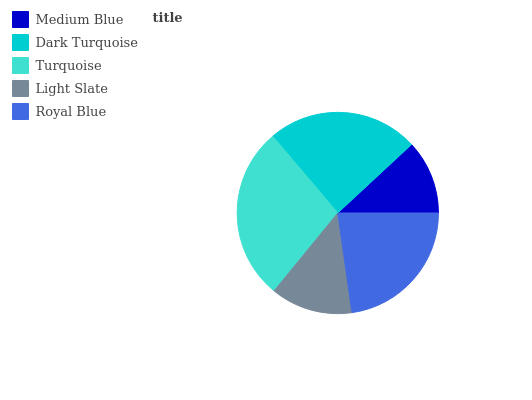
| Medium Blue | Dark Turquoise | Turquoise | Light Slate | Royal Blue |
 | --- | --- | --- | --- | --- |
 | 11.9% | 24.3% | 27.8% | 13.1% | 22.8% |